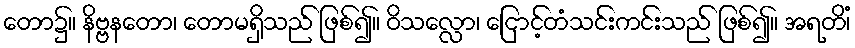
တော၌။ နိဗ္ဗနတော၊ တောမရှိသည် ဖြစ်၍။ ဝိသလ္လော၊ ငြောင့်တံသင်းကင်းသည် ဖြစ်၍။ အရတိံ၊